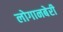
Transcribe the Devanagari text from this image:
लोगानबेरी